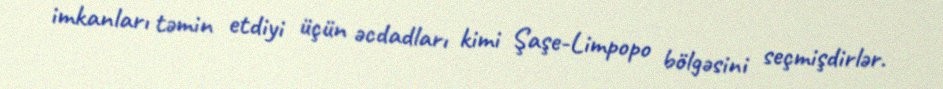
imkanları təmin etdiyi üçün əcdadları kimi Şaşe-Limpopo bölgəsini seçmişdirlər.